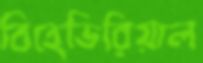
বিহেভিরিয়াল